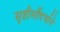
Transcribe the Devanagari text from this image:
सृष्टीसौंदर्याने